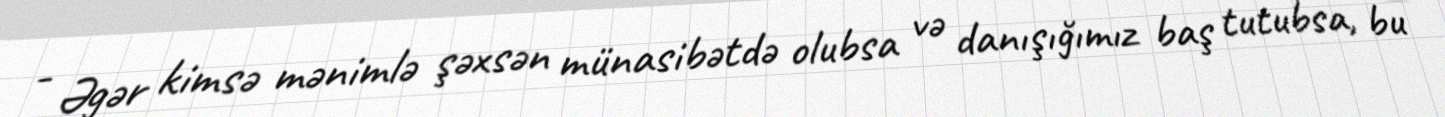
- Əgər kimsə mənimlə şəxsən münasibətdə olubsa və danışığımız baş tutubsa, bu